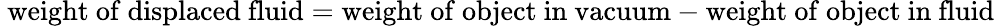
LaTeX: {\mathrm{~weight~of~displaced~fluid}}={\mathrm{weight~of~object~in~vacuum}}-{\mathrm{weight~of~object~in~fluid}}